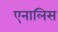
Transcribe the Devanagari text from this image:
एनालिस